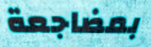
بمضاجعة